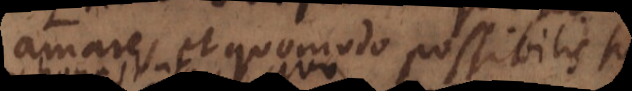
Amare, et quomodo possibilis sit